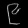
Digit: ၉